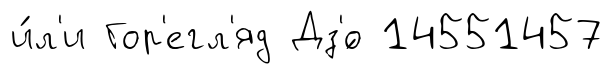
и́л'и Гор'егл'яд Дз'́о 14551457